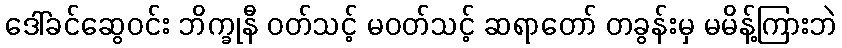
ဒေါ်ခင်ဆွေဝင်း ဘိက္ခုနီ ဝတ်သင့် မဝတ်သင့် ဆရာတော် တခွန်းမှ မမိန့်ကြားဘဲ